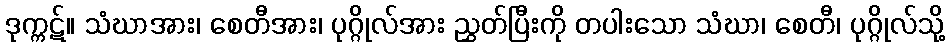
ဒုက္ကဋ်။ သံဃာအား၊ စေတီအား၊ ပုဂ္ဂိုလ်အား ညွှတ်ပြီးကို တပါးသော သံဃာ၊ စေတီ၊ ပုဂ္ဂိုလ်သို့